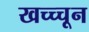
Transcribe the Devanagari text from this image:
खच्च्चून